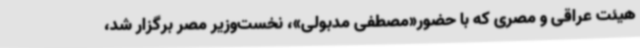
هیئت عراقی و مصری که با حضور«مصطفی مدبولی»، نخست‌وزیر مصر برگزار شد،